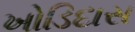
ખોડિદાસ